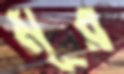
মূর